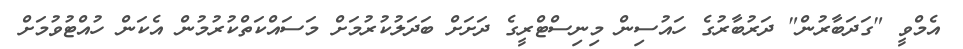
އެމްވީ "ގަދަބާރުން" ދަރުބާރުގެ ހައުސިން މިނިސްޓްރީގެ ދަށަށް ބަދަލުކުރުމަށް މަސައްކަތްކުރުމުން އެކަން ހުއްޓުވުމަށް